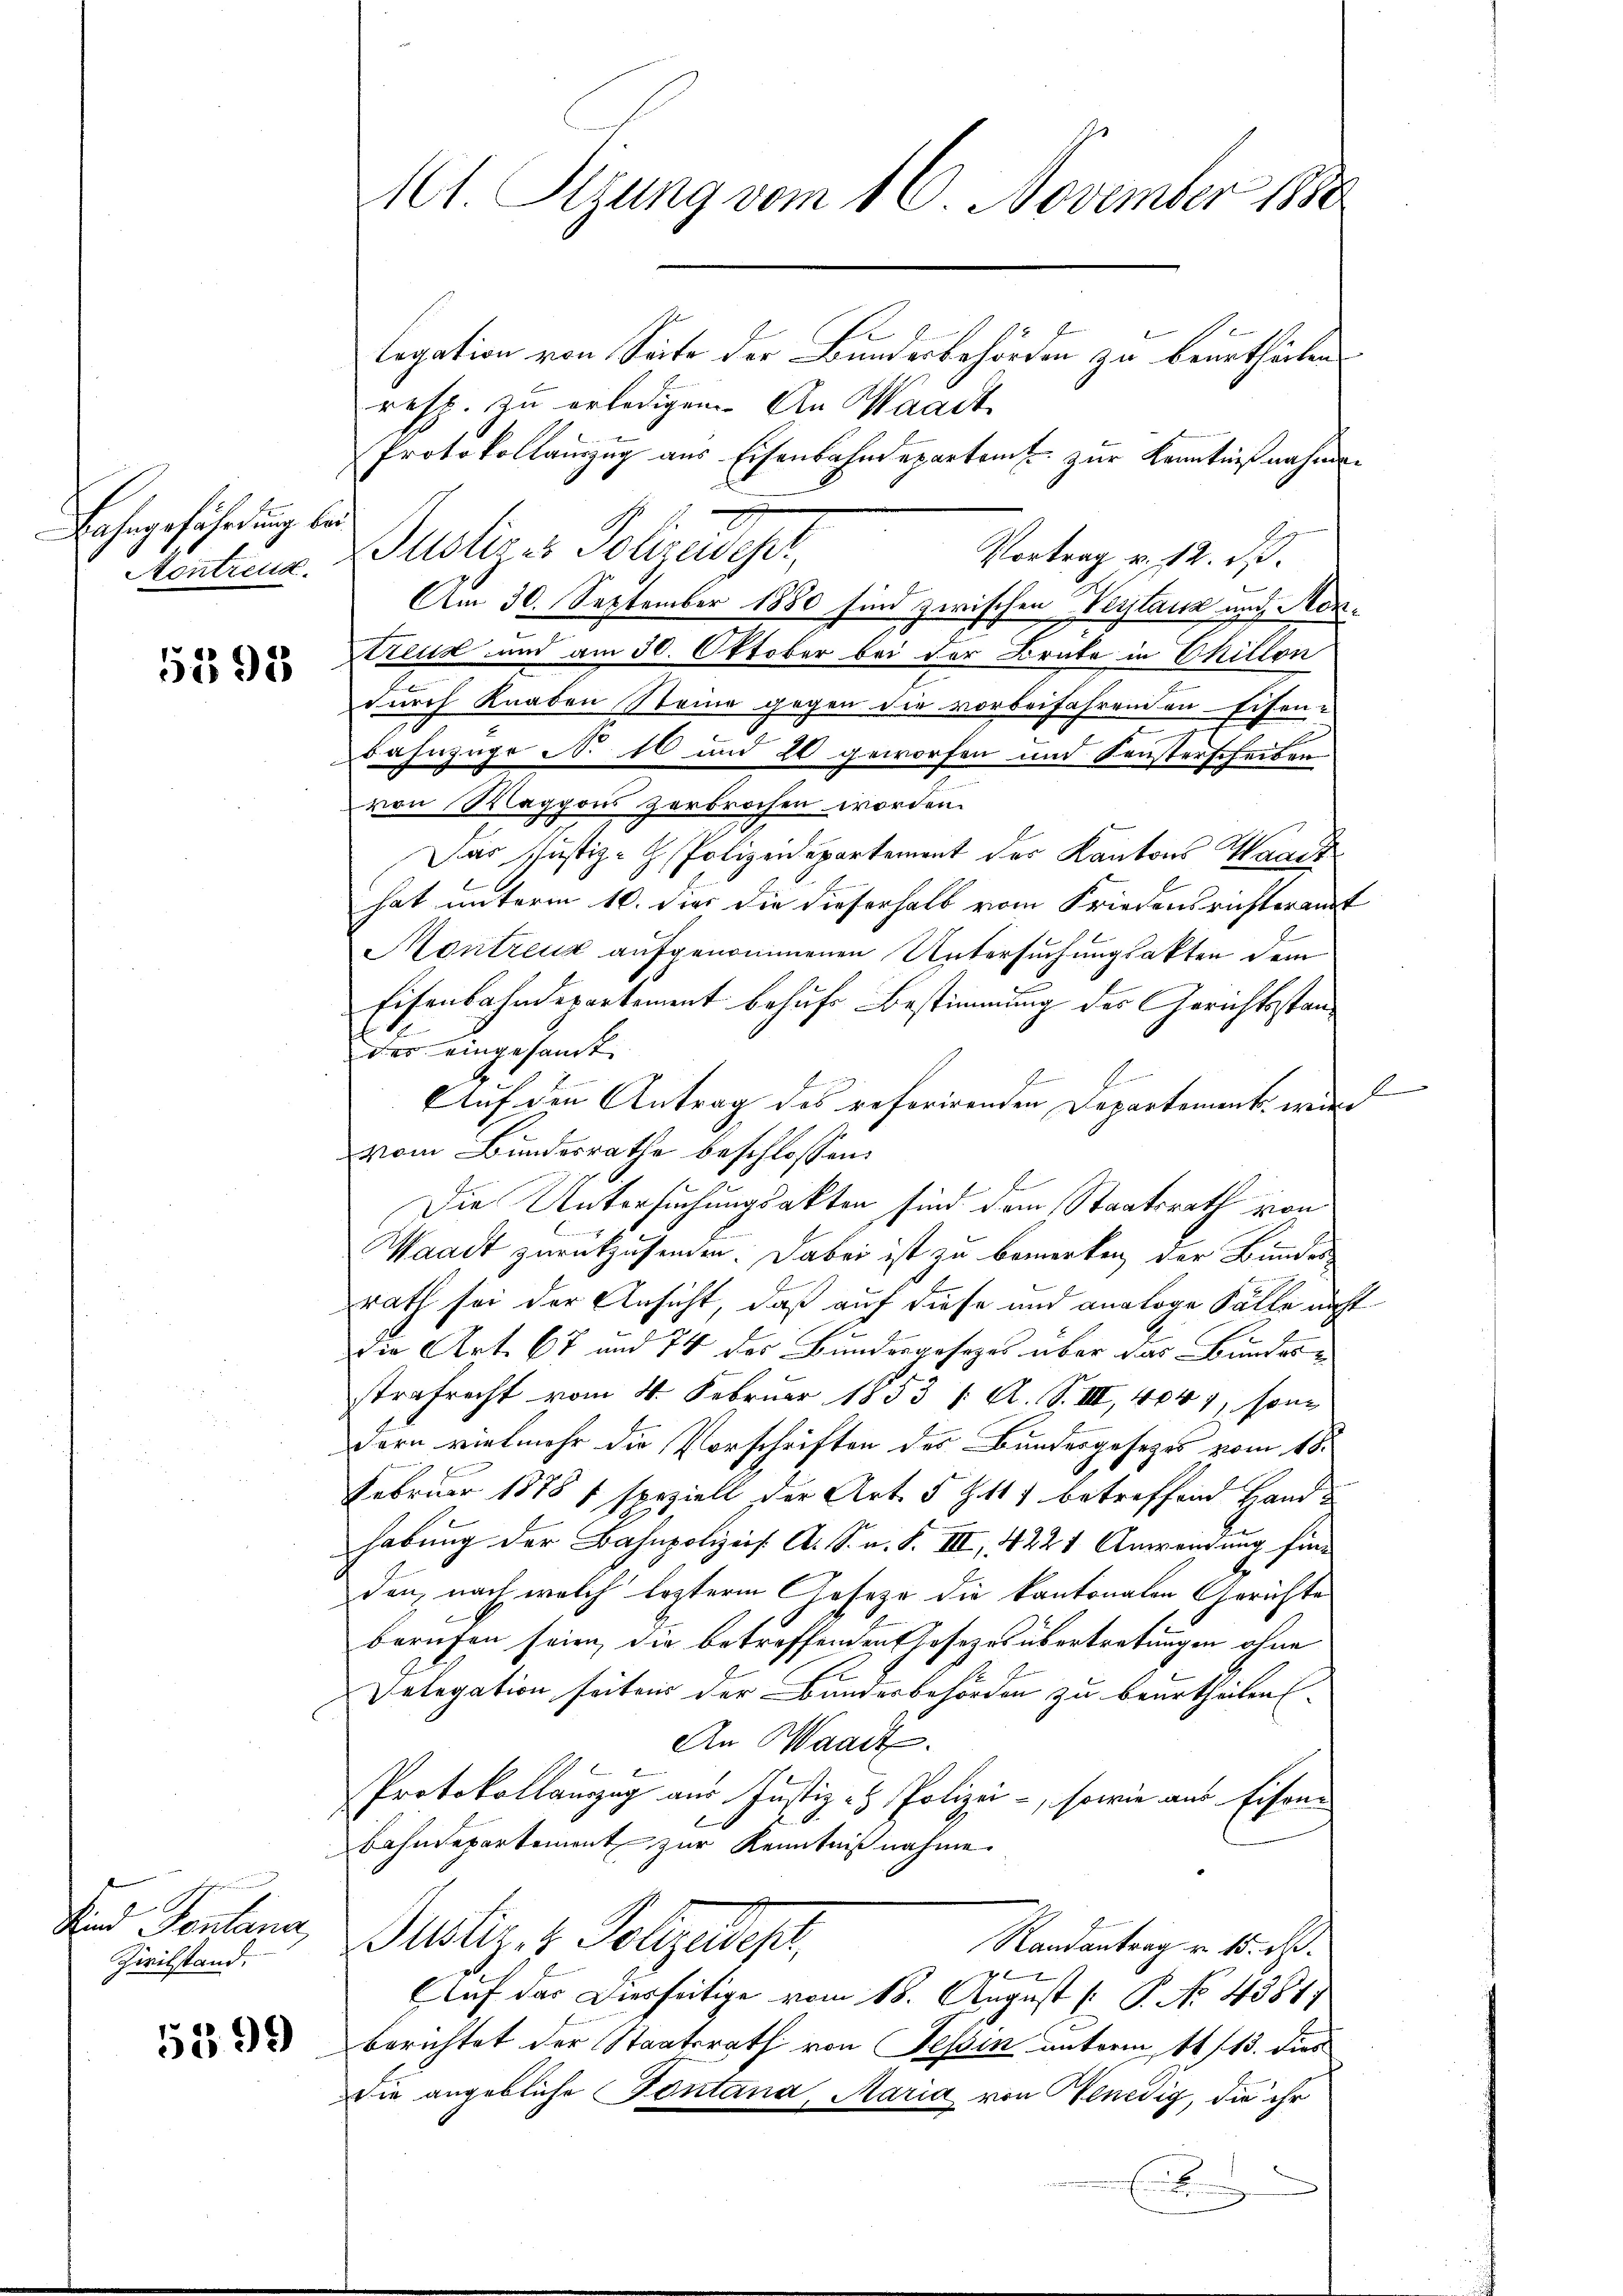
Lahngefährdung blei
Montreux.

5395

Zivilstand.

5599

101. Sizung vom 16. November 1880

Cogation von Seite der Bundesbehörden zu beurtheilen
resp. zu erledigen. An Waadt
Protokollauszug aus Eisenbahndepartamt zur Kenntnißnahmen
Justiges Polizeidept,
Vortrag v. 12. d.
Am 30. September 1880 sind zwischen Verlaus und Ren¬
Reud und am 30. Oktober bei der Brate in Skillon
durch Knaben Steine gegen die vorbeifahrenden Eisen-
Bahnzüge No 10 und 20 geworfen und Sonsterscheiben
von Waggons zerbrochen worden.
Das Justiz- Polizeidepartement der Kantons Waadt
hat unterm 10. dies die dieserhalb vom Friedensrichteramt
Montreux aufgenommenen Untersuchungsakten dem
Eisenbahndepartement behufs Bestimmung des Gerichtsstander eingesandt.
Auf den Antrag des referirenden Departement, wied
vom Bundesrathe beschlossen:
Die Untersuchungsakten sind dem Staatsrath von
Waadt zurückzusenden. Dabei ist zu bemerken, der Bundesrath sei der Ansicht, daß auf diese und analoge Fälle nicht
Die Art. 67 und 74 der Bundergesetzes über das Bundes-
strafrecht vom 4. Februar 1853 /A. S. III, 4041, son
dern vielmehr die Vorschriften des Bundesgesetzes vom 18.
Februar 1878 f speziell der Art. 5 Z. 117 betreffend Hand
habung der Bahnpolizeis. A. S. n. F. III, 4221 Anwendung finden, nach welch lezterm Geseze die kantonalen Gerichte
berufen seien, die betreffenden Josezes übertretungen ohne
e
Pelegation seiten der Bundesbehörden zu beurtheilen
An Waadt.
Protokollauszug aus Justiz- & Polizei-, sowie aus Eisene
Bahndepartement zur Kenntnißnahme.
Und Sentana, Justiz, 2. Vollzudest,
Randantrag v. 15. d.
e
Auf das Diesseitige vom 18. August [ P. No. 4381.
berichtet der Staatsrath von Tessin unterm 11/13. dies
Die angebliche Fontana, Maria von Benedig, die ihr
B